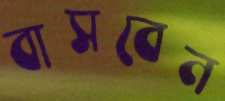
বাসবেন